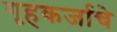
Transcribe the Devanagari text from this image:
गृहकर्जाचे